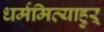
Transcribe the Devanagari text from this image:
धर्ममित्याहुऱ्